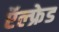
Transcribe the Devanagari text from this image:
ऍल्फ्रेड